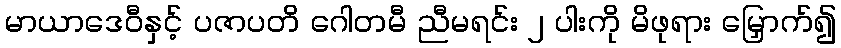
မာယာဒေဝီနှင့် ပဇာပတိ ဂေါတမီ ညီမရင်း ၂ ပါးကို မိဖုရား မြှောက်၍